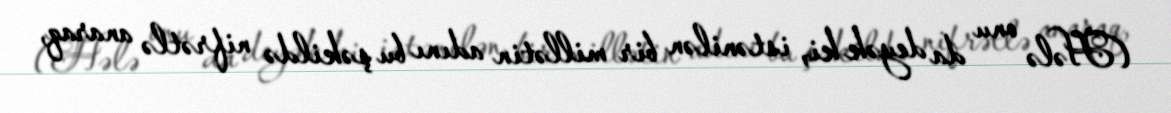
(Hələ onu da deyək ki, istənilən bir millətin adını bu şəkildə nifrətlə anaraq,